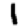
Digit: 1